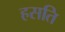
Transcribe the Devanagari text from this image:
हसति